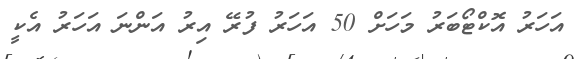
އަހަރު އޮކްޓޯބަރު މަަހަށް 50 އަހަރު ފުރޭ އިރު އަންނަ އަހަރު އެކީ